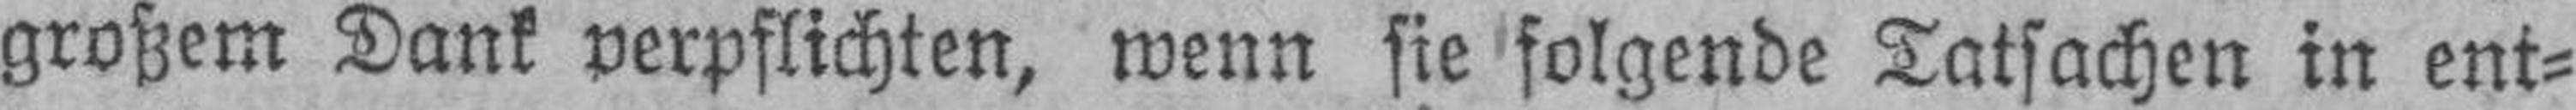
großem Dank verpflichten, wenn sie folgende Tatsachen in ent¬